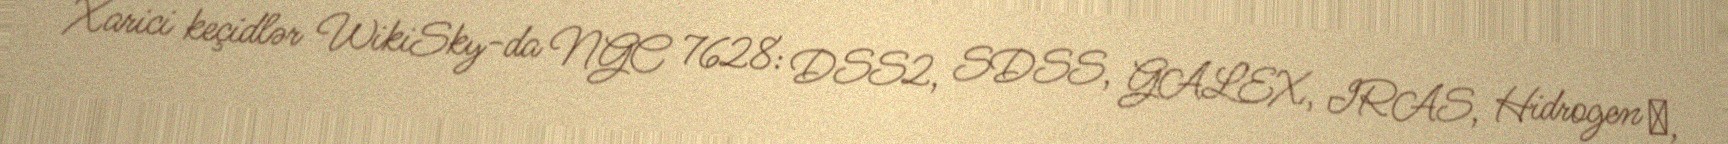
Xarici keçidlər WikiSky-da NGC 7628: DSS2, SDSS, GALEX, IRAS, Hidrogen α,